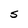
Character: S